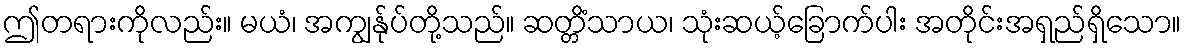
ဤတရားကိုလည်း။ မယံ၊ အကျွန်ုပ်တို့သည်။ ဆတ္တိံသာယ၊ သုံးဆယ့်ခြောက်ပါး အတိုင်းအရှည်ရှိသော။